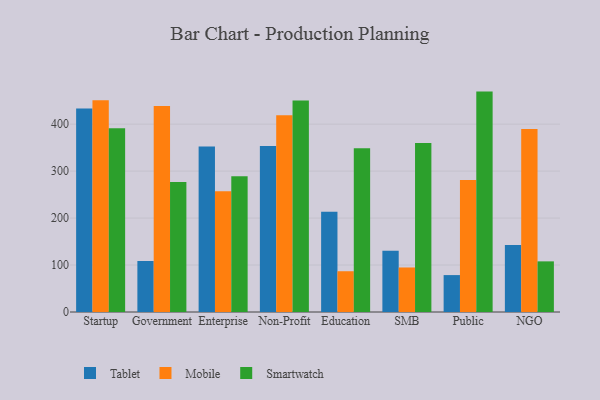
{"axis": {"x": "Segment", "y": "Budget (USD K)"}, "legend": ["Mobile", "Smartwatch", "Tablet"], "data": [{"x": "Startup", "y": 433.4, "type": "Tablet"}, {"x": "Startup", "y": 451.1, "type": "Mobile"}, {"x": "Startup", "y": 391.0, "type": "Smartwatch"}, {"x": "Government", "y": 108.6, "type": "Tablet"}, {"x": "Government", "y": 438.4, "type": "Mobile"}, {"x": "Government", "y": 277.0, "type": "Smartwatch"}, {"x": "Enterprise", "y": 352.5, "type": "Tablet"}, {"x": "Enterprise", "y": 257.2, "type": "Mobile"}, {"x": "Enterprise", "y": 288.9, "type": "Smartwatch"}, {"x": "Non-Profit", "y": 353.5, "type": "Tablet"}, {"x": "Non-Profit", "y": 419.0, "type": "Mobile"}, {"x": "Non-Profit", "y": 450.1, "type": "Smartwatch"}, {"x": "Education", "y": 213.2, "type": "Tablet"}, {"x": "Education", "y": 86.8, "type": "Mobile"}, {"x": "Education", "y": 348.6, "type": "Smartwatch"}, {"x": "SMB", "y": 130.2, "type": "Tablet"}, {"x": "SMB", "y": 94.8, "type": "Mobile"}, {"x": "SMB", "y": 359.7, "type": "Smartwatch"}, {"x": "Public", "y": 78.6, "type": "Tablet"}, {"x": "Public", "y": 281.0, "type": "Mobile"}, {"x": "Public", "y": 469.3, "type": "Smartwatch"}, {"x": "NGO", "y": 142.6, "type": "Tablet"}, {"x": "NGO", "y": 389.7, "type": "Mobile"}, {"x": "NGO", "y": 107.8, "type": "Smartwatch"}]}